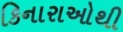
કિનારાઓથી